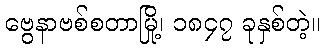
ဗွေနာဗစ်စတာမြို့၊ ၁၈၄၇ ခုနှစ်တဲ့။